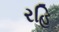
રહિ